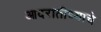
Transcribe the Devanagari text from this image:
आदरातीथ्याचे